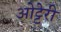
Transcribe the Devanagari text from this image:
ओट्टेरी